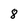
Character: 8